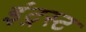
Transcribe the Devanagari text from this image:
इंट्रस्ट